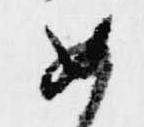
如